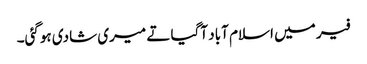
فیر میں اسلام آباد آگیا تے میری شادی ہوگئی۔